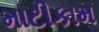
માટીકામ